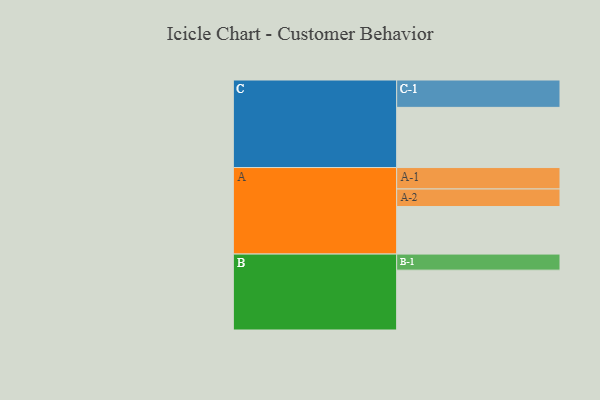
{"axis": {"x": "Segment", "y": "Value"}, "legend": ["", "A", "B", "C"], "data": [{"x": "A", "y": 417, "type": ""}, {"x": "B", "y": 525, "type": ""}, {"x": "C", "y": 528, "type": ""}, {"x": "A-1", "y": 188, "type": "A"}, {"x": "A-2", "y": 154, "type": "A"}, {"x": "B-1", "y": 141, "type": "B"}, {"x": "C-1", "y": 240, "type": "C"}]}